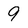
Character: 9